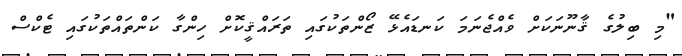
"މި ބިލުގެ ޤާނޫނަކަށް ވެއްޖެނަމަ ކަނޑައެޅޭ ޒޯންތަކުގައި ތަރައްޤީކޮށް ހިންގާ ކަންތައްތަކުގައި ޓެކްސް